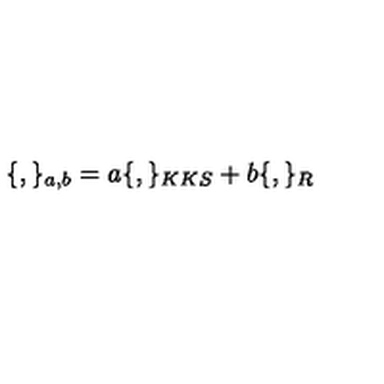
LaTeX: \{ , \} _ { a , b } = a \{ , \} _ { K K S } + b \{ , \} _ { R }